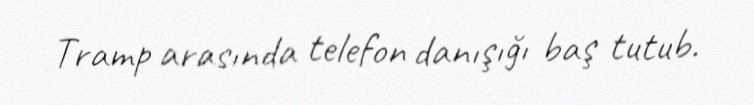
Tramp arasında telefon danışığı baş tutub.